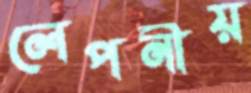
লেপনীয়